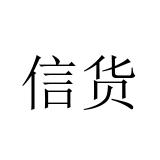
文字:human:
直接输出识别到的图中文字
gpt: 信货